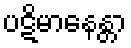
ပဋိမာနေန္တာ